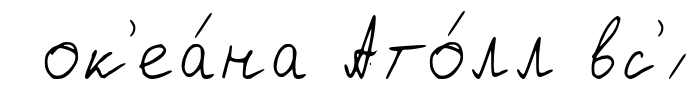
ок'еа́на Ато́лл вс'́